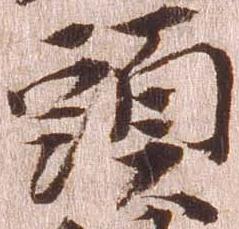
頭